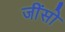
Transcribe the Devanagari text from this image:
जींसो